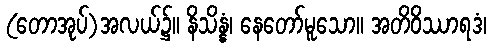
(တောအုပ်)အလယ်၌။ နိသိန္နံ၊ နေတော်မူသော။ အတိဝိဿာရဒံ၊